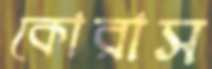
কোরাস